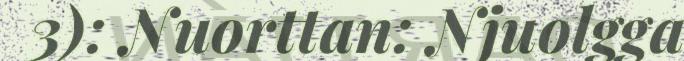
3): Nuorttan: Njuolgga